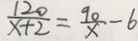
\frac { 1 2 0 } { x + 2 } = \frac { 9 0 } { x } - 6